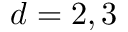
d = 2 , 3